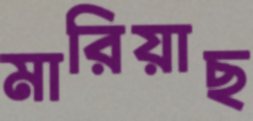
মারিয়াছ